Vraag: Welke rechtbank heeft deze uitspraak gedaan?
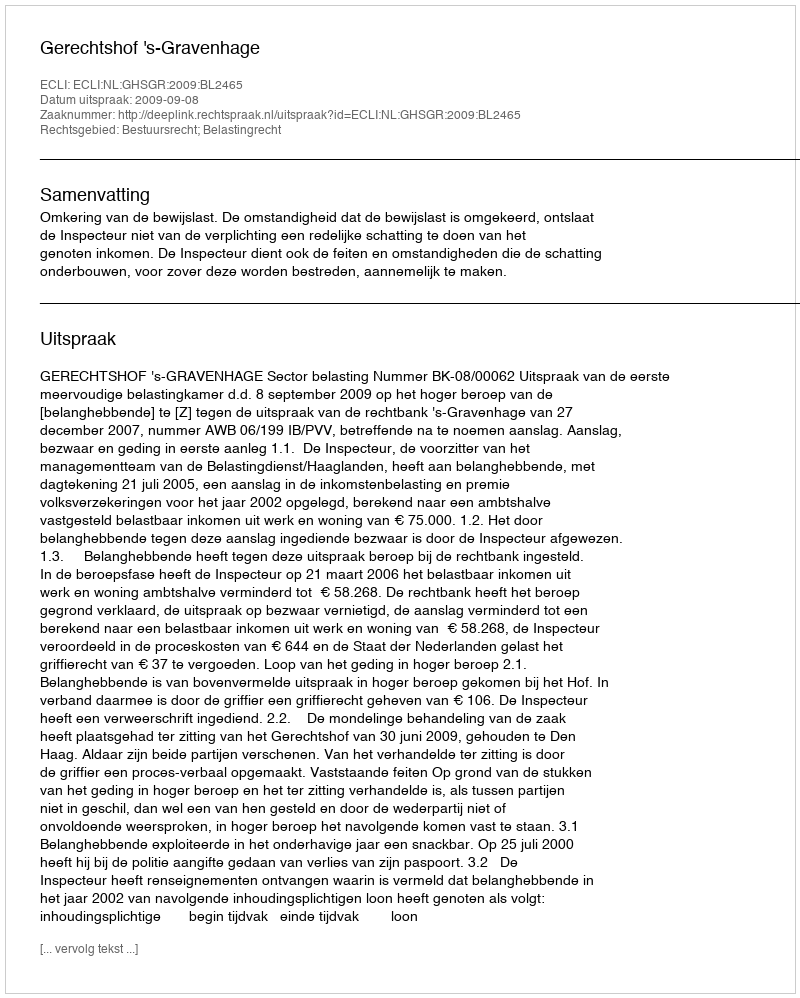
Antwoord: Gerechtshof 's-Gravenhage